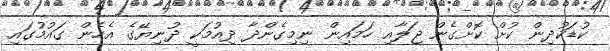
ކުޑަކުދިން ކުށް ކޮށްގެން ޖަލާއި ހަމައިން ނިމިގެންދާ ދިއުމަކީ ދުނިޔޭގެ އެހެން ގައުމުގައި